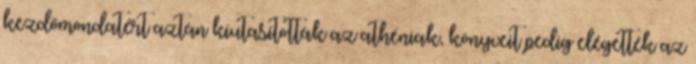
kezdőmondatért aztán kiutasították az athéniak, könyveit pedig elégették az